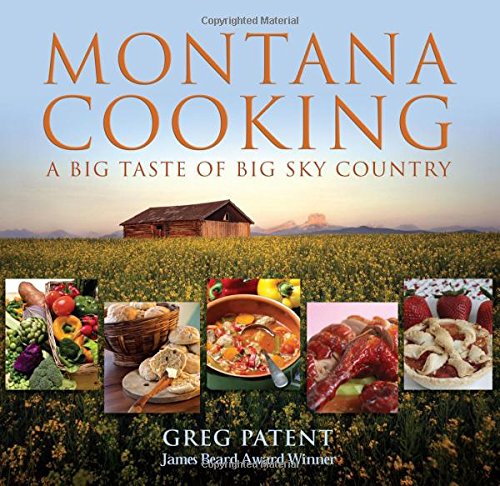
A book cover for Montana Cooking: A Big Taste Of Big Sky Country; Greg Patent; Cookbooks, Food & Wine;